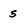
Character: 5